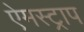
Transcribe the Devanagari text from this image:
ऐमस्ट्राप